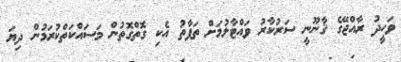
ވަހީދު ރާއްޖޭގެ ޤާނޫނީ ސަރުކާރު ވައްޓާލުމަށް ތަފާތު އެކި ގޮތްގޮތުން މަސައްކަތްކުރަމުން ދިޔަ